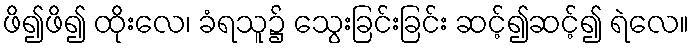
ဖိ၍ဖိ၍ ထိုးလေ၊ ခံရသူ၌ သွေးခြင်းခြင်း ဆင့်၍ဆင့်၍ ရဲလေ။